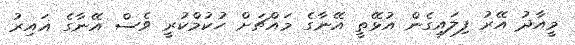
މީއާދު އޭރު ފިލައިގެން އުޅޭތީ އޭނާގެ މައްޗަށް ހުކުމްކުރީ ވެސް އޭނާގެ ޣައިރު